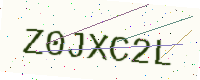
Text: Z0JXC2L